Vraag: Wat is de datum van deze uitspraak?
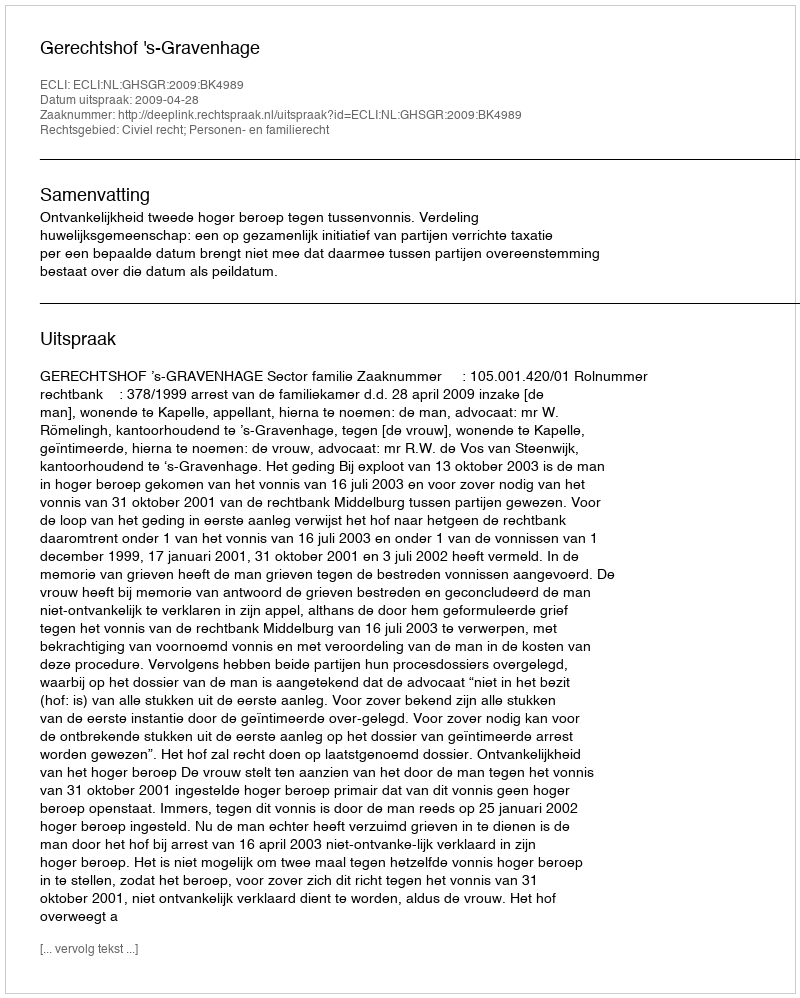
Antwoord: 2009-04-28